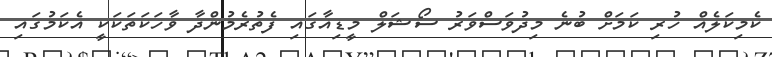
ކެމިކަލެއް ހުރި ކަމަށް ބުނެ މިދުވަސްވަރު ސޯޝަލް މީޑިއާގައި ފެތުރެމުންދާ ވާހަކަތަކަކީ އެކަމުގައި